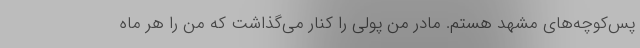
پس‌کوچه‌های مشهد هستم. مادر من پولی را کنار می‌گذاشت که من را هر ماه